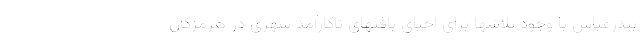
بندرعباس با وجود تلاشها برای احیای بافتهای ناکارآمد شهری در هرمزگان